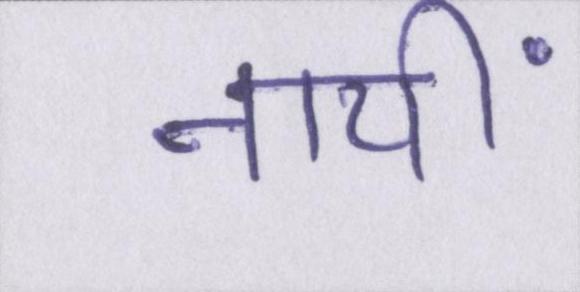
नायीं